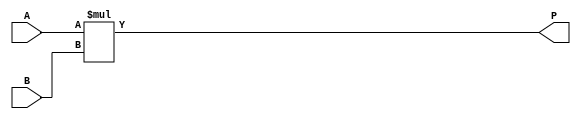
module mult(
		input[7:0] A, B,
		output[7:0] P
	);

	wire[7:0] A, B;
	reg[7:0] P;

	always @(A, B) begin
		P = A * B;
	end
endmodule